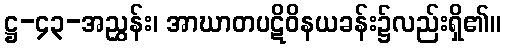
ဋ္ဌ-၄၃-အညွှန်း၊ အာဃာတပဋိဝိနယခန်း၌လည်းရှိ၏။